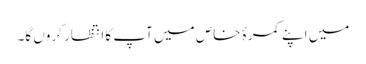
میں اپنے کمرۂ خاص میں آپ کا انتظار کروں گا۔